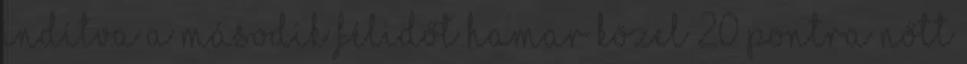
indítva a második félidőt hamar közel 20 pontra nőtt